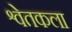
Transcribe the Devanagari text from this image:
श्वेतकला